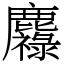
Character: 䴪